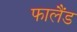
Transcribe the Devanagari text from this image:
फालैंड